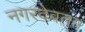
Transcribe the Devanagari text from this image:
नगरदेवता।